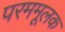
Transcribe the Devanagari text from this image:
परममूलक